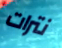
نترات